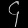
Digit: ၄